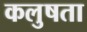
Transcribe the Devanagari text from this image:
कलुषता